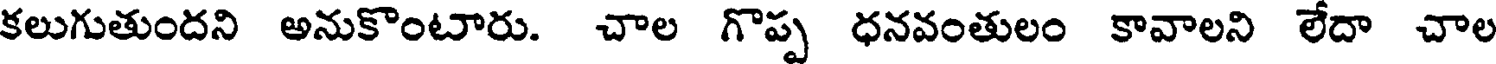
కలుగుతుందని అనుకొంటారు. చాల గొప్ప ధనవంతులం కావాలని లేదా చాల